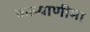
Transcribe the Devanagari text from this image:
कल्‍याणीमा